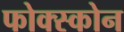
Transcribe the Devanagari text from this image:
फोक्स्कोन